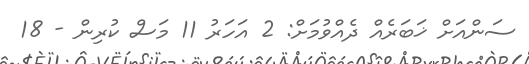
ސަންއަށް ޚަބަރެއް ދެއްވުމަށް: 2 އަހަރު 11 މަސް ކުރިން - 18